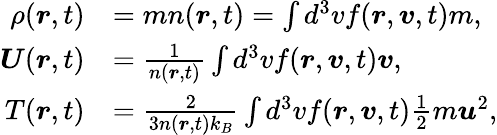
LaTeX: \begin{array}{rl}{\rho(\boldsymbol{r},t)}&{=mn(\boldsymbol{r},t)=\int d^{3}vf(\boldsymbol{r},\boldsymbol{v},t)m,}\\ {\boldsymbol{U}(\boldsymbol{r},t)}&{=\frac{1}{n(\boldsymbol{r},t)}\int d^{3}vf(\boldsymbol{r},\boldsymbol{v},t)\boldsymbol{v},}\\ {T(\boldsymbol{r},t)}&{=\frac{2}{3n(\boldsymbol{r},t)k_{B}}\int d^{3}vf(\boldsymbol{r},\boldsymbol{v},t)\frac{1}{2}m\boldsymbol{u}^{2},}\end{array}